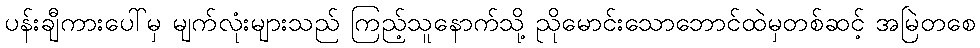
ပန်းချီကားပေါ်မှ မျက်လုံးများသည် ကြည့်သူနောက်သို့ ညိုမောင်းသောဘောင်ထဲမှတစ်ဆင့် အမြဲတစေ